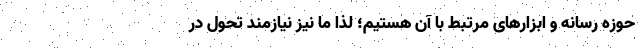
حوزه رسانه و ابزارهای مرتبط با آن هستیم؛ لذا ما نیز نیازمند تحول در